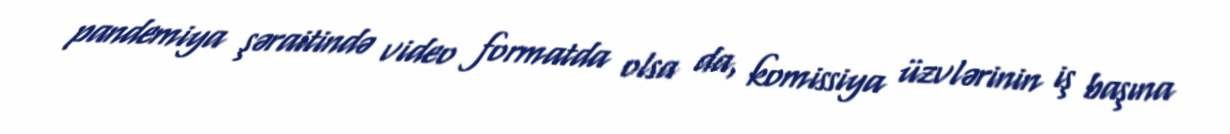
pandemiya şəraitində video formatda olsa da, komissiya üzvlərinin iş başına